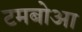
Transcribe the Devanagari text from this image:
टमबोआ